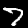
Digit: 7